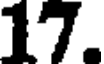
17.